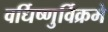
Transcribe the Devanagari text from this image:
वर्धिष्णुर्विक्रमे